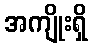
အကျိုးရှိ